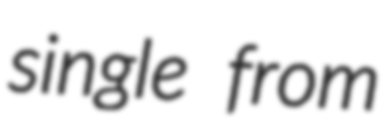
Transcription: single from